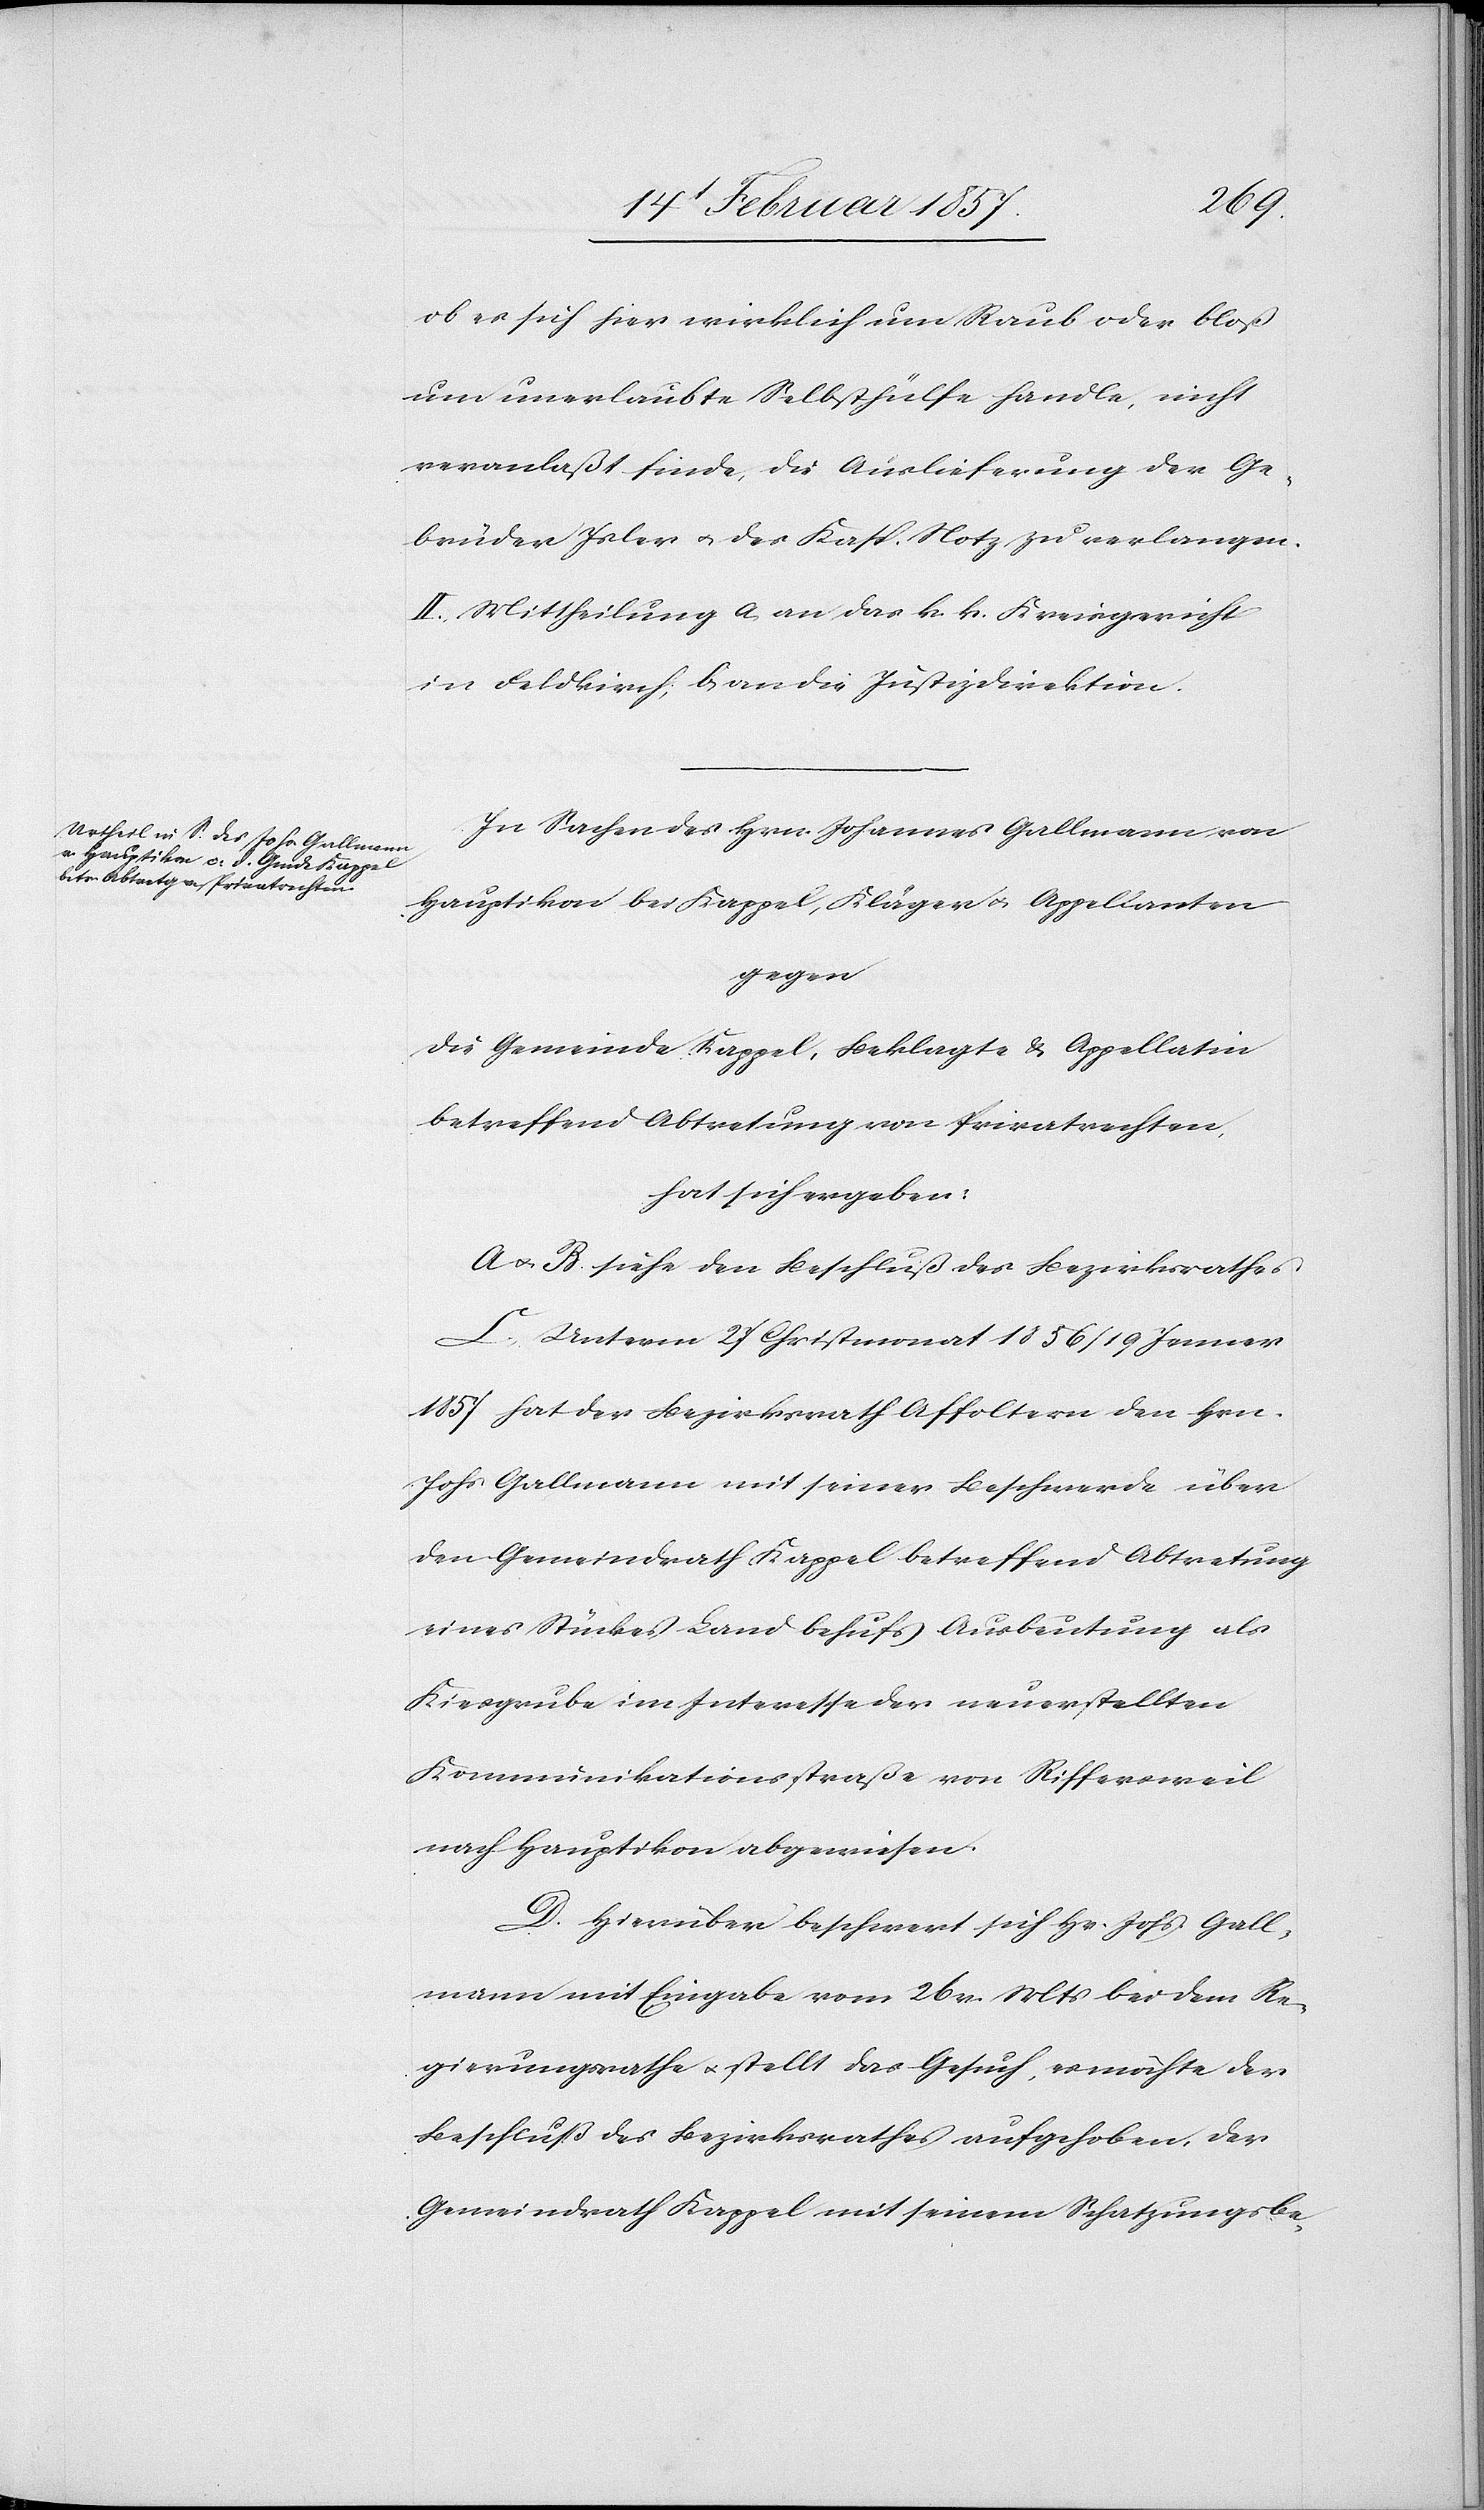
ob es sich hier wirklich um Raub oder blos
um unerlaubte Selbsthülfe handle, nicht
veranlaßt finde, die Auslieferung der Ge¬
brüder Isler u. des Kasp. Notz zu verlangen.
II. Mittheilung a. an das k. k. Kreisgericht
in Feldkirch, b. an die Justizdirektion.
In Sachen des Hrn. Johannes Gallmann von
Hauptikon bei Kappel, Kläger u. Appellanten
gegen
die Gemeinde Kappel, Beklagte & Appellatin
betreffend Abtretung von Privatrechten,
hat sich ergeben:
A u. B. siehe den Beschluß des Bezirksrathes
C. Unterm 27 Christmonat 1856/19 Jenner
1857 hat der Bezirksrath Affoltern den Hrn.
Johs Gallmann mit seiner Beschwerde über
den Gemeindrath Kappel betreffend Abtretung
eines Stückes Land behufs Ausbeutung als
Kiesgrube im Interesse der neuerstellten
Kommunikationsstraße von Riffersweil
nach Hauptikon abgewiesen.
D. Hierüber beschwert sich Hr. Johs. Gall¬
mann mit Eingabe vom 26 v. Mts bei dem Re¬
gierungsrathe u. stellt das Gesuch, es möchte der
Beschluß des Bezirksrathes aufgehoben, der
Gemeindrath Kappel mit seinem Schatzungsbe-